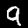
Digit: 9